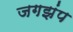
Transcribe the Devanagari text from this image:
जगझंप